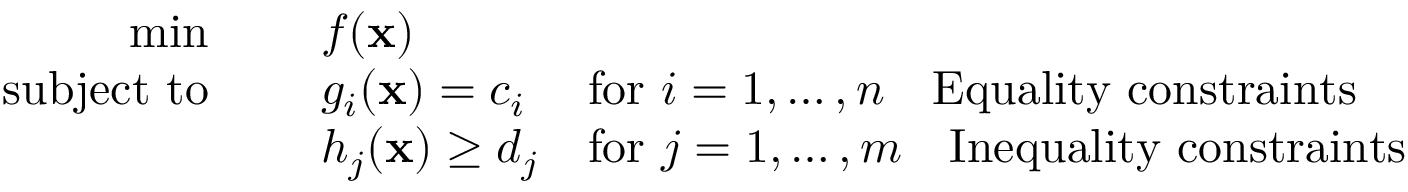
{ \begin{array} { r c l l } { \operatorname* { m i n } } & { ~ } & { f ( \mathbf { x } ) } & \\ { \mathrm { s u b j e c t ~ t o } } & { ~ } & { g _ { i } ( \mathbf { x } ) = c _ { i } } & { { \mathrm { f o r ~ } } i = 1 , \ldots , n \quad { \mathrm { E q u a l i t y ~ c o n s t r a i n t s } } } \\ & { ~ } & { h _ { j } ( \mathbf { x } ) \geq d _ { j } } & { { \mathrm { f o r ~ } } j = 1 , \ldots , m \quad { \mathrm { I n e q u a l i t y ~ c o n s t r a i n t s } } } \end{array} }